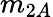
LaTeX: m_{2A}